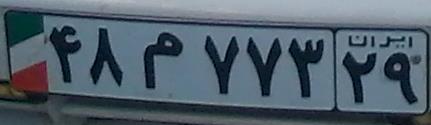
۴۸م۷۷۳۲۹